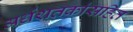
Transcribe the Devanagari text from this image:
अर्धशतकांसहित